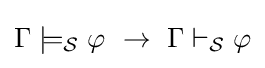
\Gamma \models _{\mathcal {S}}\varphi \ \to \ \Gamma \vdash _{\mathcal {S}}\varphi